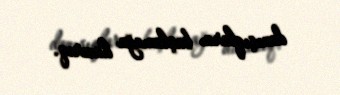
danışıqlara başlamağa hazırıq.